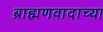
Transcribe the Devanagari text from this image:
ब्राह्मणवादाच्या